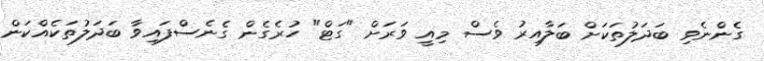
ގެންނެވި ބަދަލުތަކަށް ބަލާއިރު ވެސް މިއީ ވަރަށް "ގަޓް" ހުރެގެން ގެނެސްފައިވާ ބަދަލުތަކެއްކަން